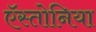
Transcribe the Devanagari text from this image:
ऍस्तोनिया